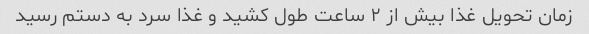
زمان تحویل غذا بیش از ۲ ساعت طول کشید و غذا سرد به دستم رسید